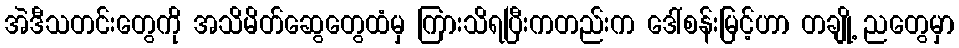
အဲဒီသတင်းတွေကို အသိမိတ်ဆွေတွေထံမှ ကြားသိရပြီးကတည်းက ဒေါ်စန်းမြင့်ဟာ တချို့ ညတွေမှာ